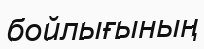
бойлығының